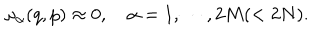
LaTeX: \omega _ { \alpha } ( q , p ) \approx 0 , \quad \alpha = 1 , \cdots , 2 M ( < 2 N ) .